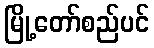
မြို့တော်စည်ပင်